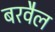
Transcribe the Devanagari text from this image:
बरवैल